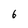
Character: 6